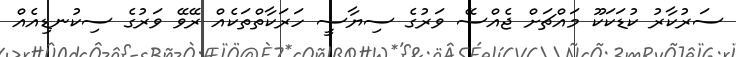
ސަރުކާރު ކުޑަކަކޫ މައްޗަށް ޖެއްސޭ ވަރުގެ ސިޔާސީ ހަރަކާތްތަކެއް ރޭވޭ ވަރުގެ ސިކުނޑިއެއް